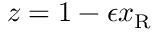
z = 1 - \epsilon x _ { \mathrm { { R } } }